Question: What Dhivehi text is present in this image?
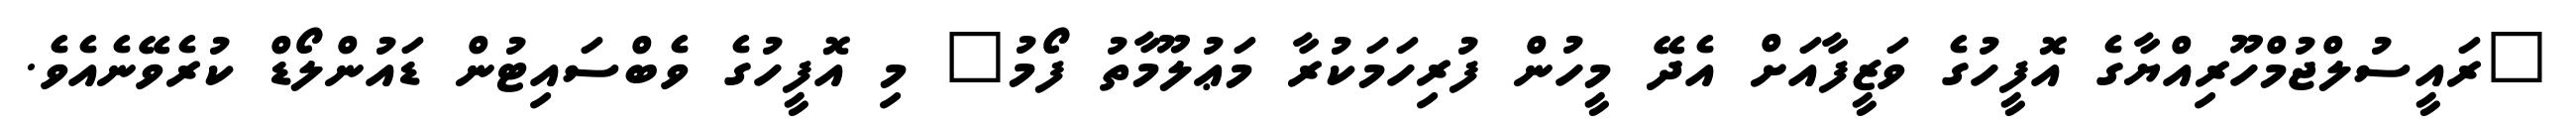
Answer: "ރައީސުލްޖުމްހޫރިއްޔާގެ އޮފީހުގެ ވަޒީފާއަށް އެދޭ މީހުން ފުރިހަމަކުރާ މަޢުލޫމާތު ފޯމު" މި އޮފީހުގެ ވެބްސައިޓުން ޑައުންލޯޑް ކުރެވޭނެއެވެ.